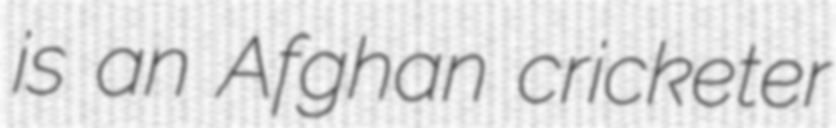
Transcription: is an Afghan cricketer